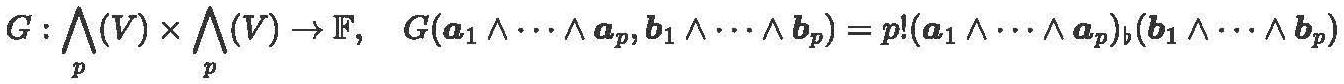
$G: \bigwedge_{p}(V) \times \bigwedge_{p}(V) \to \mathbb{F}, \quad G(\boldsymbol{a}_1 \wedge \cdots \wedge \boldsymbol{a}_p, \boldsymbol{b}_1 \wedge \cdots \wedge \boldsymbol{b}_p) = p!(\boldsymbol{a}_1 \wedge \cdots \wedge \boldsymbol{a}_p)_{\flat}(\boldsymbol{b}_1 \wedge \cdots \wedge \boldsymbol{b}_p)$